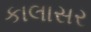
કાલાસર